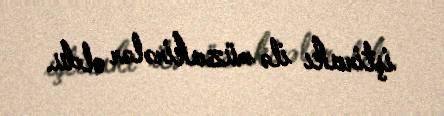
iştirakı ilə müzakirələr oldu.